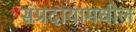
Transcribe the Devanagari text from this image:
संप्रदायामधील